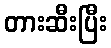
တားဆီးပြီး